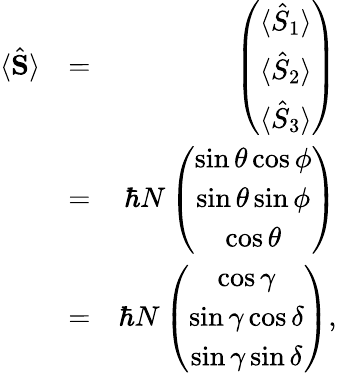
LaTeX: \begin{array}{rlr}{\langle\hat{\mathbf S}\rangle}&{=}&{\left(\begin{array}{c}{\langle\hat{S}_{1}\rangle}\\ {\langle\hat{S}_{2}\rangle}\\ {\langle\hat{S}_{3}\rangle}\end{array}\right)}\\ &{=}&{\hbar N\left(\begin{array}{c}{\sin\theta\cos\phi}\\ {\sin\theta\sin\phi}\\ {\cos\theta}\end{array}\right)}\\ &{=}&{\hbar N\left(\begin{array}{c}{\cos\gamma}\\ {\sin\gamma\cos\delta}\\ {\sin\gamma\sin\delta}\end{array}\right),}\end{array}